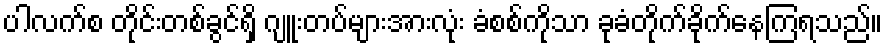
ပါလက်စ တိုင်းတစ်ခွင်ရှိ ဂျူးတပ်များအားလုံး ခံစစ်ကိုသာ ခုခံတိုက်ခိုက်နေကြရသည်။